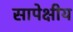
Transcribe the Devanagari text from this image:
सापेक्षीय